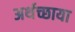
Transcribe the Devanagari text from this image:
अर्थच्छाया